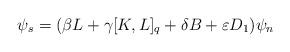
LaTeX: \begin{gather*}\psi_s = (\beta L + \gamma [K,L]_q + \delta B + \varepsilon D_1)\psi_n\end{gather*}